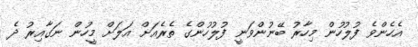
އެހެންވެ ފުލުހުން މިހާރު ބޭނުންވަނީ ފުލުހުންގެ ތެރެއަށް އަލަށް މީހުން ނަގާއިރު ދެ